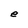
Character: e